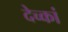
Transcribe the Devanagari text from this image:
देच्कां